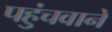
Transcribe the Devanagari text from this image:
पहुंचवाने